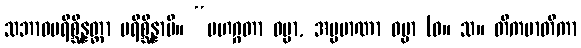
သဘာဝပရိစ္ဆိန္နတ္တာ ပရိစ္ဆိန္နာပိ။ “မဟဂ္ဂတာ ဓမ္မာ, အပ္ပမာဏာ ဓမ္မာ (ဓ။ သ။ တိကမာတိကာ